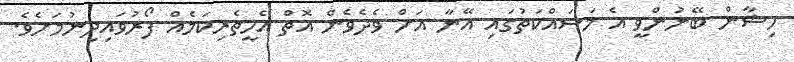
ހިޝާން ބޭނުންވީ އެ މަސައްކަތުގައި އޭނާ އަށް ވެދެވެން އޮތް އެހީތެރިކަމެއް ފޯރުވައިދިނުމަށެވެ.